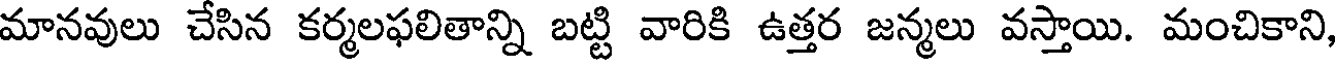
మానవులు చేసిన కర్మలఫలితాన్ని బట్టి వారికి ఉత్తర జన్మలు వస్తాయి. మంచికాని,